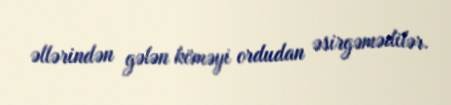
əllərindən gələn köməyi ordudan əsirgəmədilər.